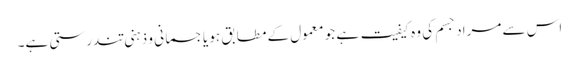
اس سے مراد جسم کی وہ کیفیت ہے جو معمول کے مطابق ہو یا جسمانی و ذہنی تندرستی ہے۔